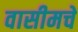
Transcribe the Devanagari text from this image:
वासीमचे